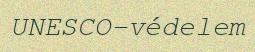
UNESCO-védelem